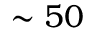
\sim 5 0